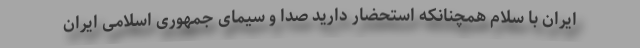
ایران با سلام همچنانکه استحضار دارید صدا و سیمای جمهوری اسلامی ایران